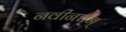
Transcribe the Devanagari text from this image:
नवीनचन्